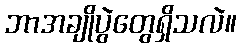
ဘာအချိုပွဲတွေရှိသလဲ။